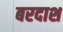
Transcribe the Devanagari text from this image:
बरदाश